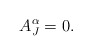
\begin{align*}A_J^\alpha = 0. \end{align*}